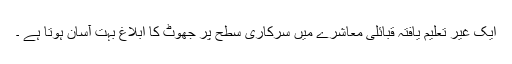
ایک غیر تعلیم یافتہ قبائلی معاشرے میں سرکاری سطح پر جھوٹ کا ابلاغ بہت آسان ہوتا ہے ۔